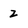
Character: 2